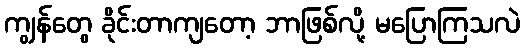
ကျွန်တွေ ခိုင်းတာကျတော့ ဘာဖြစ်လို့ မပြောကြသလဲ